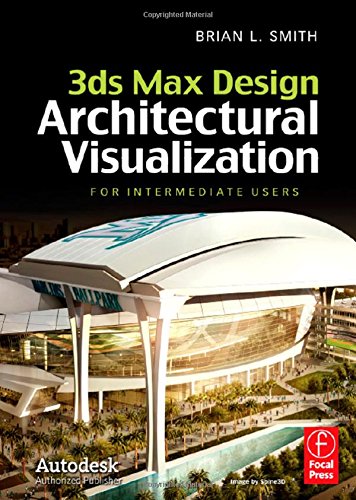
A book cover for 3ds Max Design Architectural Visualization: For Intermediate Users; Brian L. Smith; Computers & Technology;